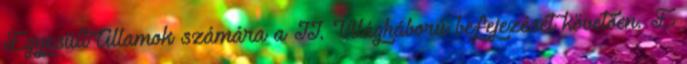
Egyesült Államok számára a II. Világháború befejezését követően. E